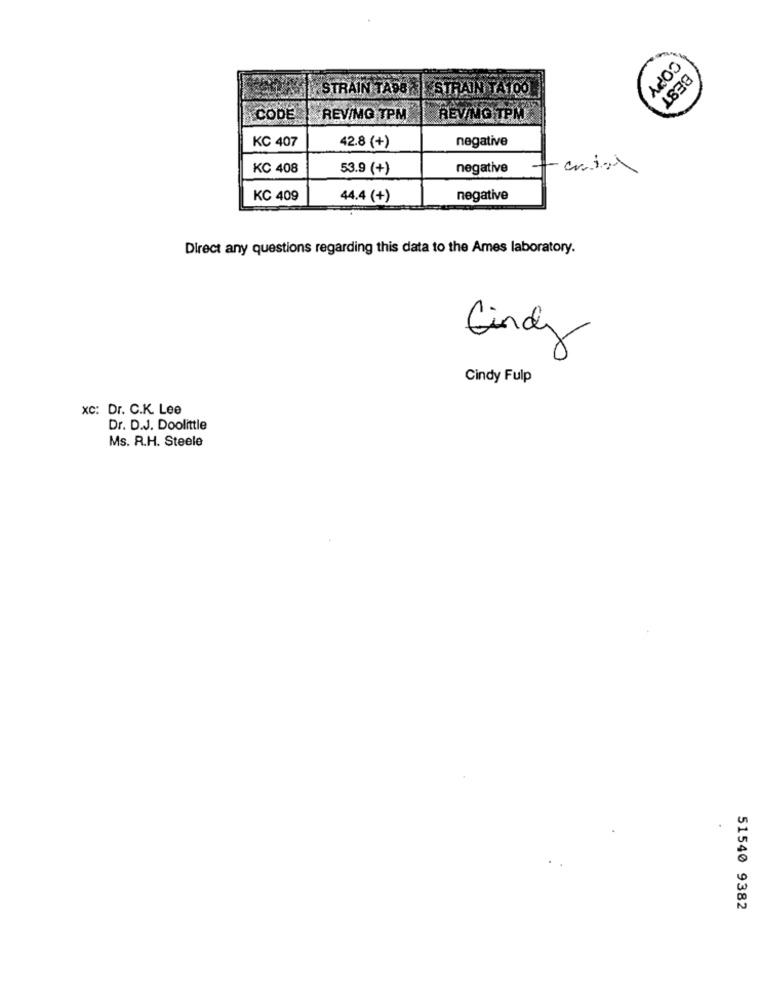
STRAIN TAPEN STRAIN TA100
COPY
BEST
CODE
REV/MG TPM
REVING TPM
KC 407
negative
42.8 (+)
KC 408
53.9 (+)
negative
KC 409
44.4 (+)
negative
Direct any questions regarding this data to the Ames laboratory.
Cindy
Cindy Fulp
XC: Dr. C.K. Lee
Dr. D.J. Doolittle
Ms. R.H. Steele
51540 9382